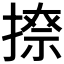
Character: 𫽩